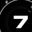
Digit: 7